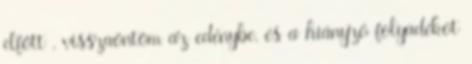
elfőtt , visszaöntöm az edénybe, és a hiányzó folyadékot